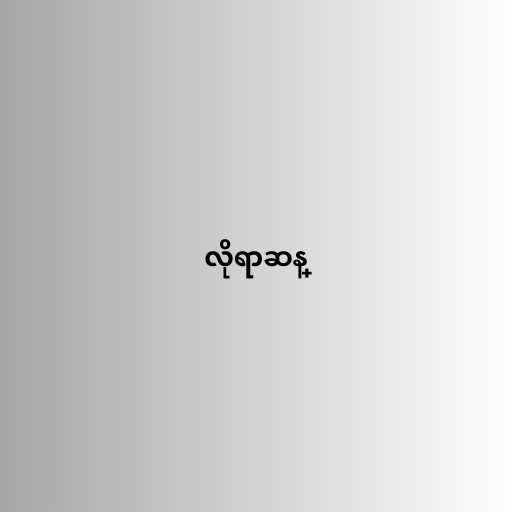
လိုရာဆန္